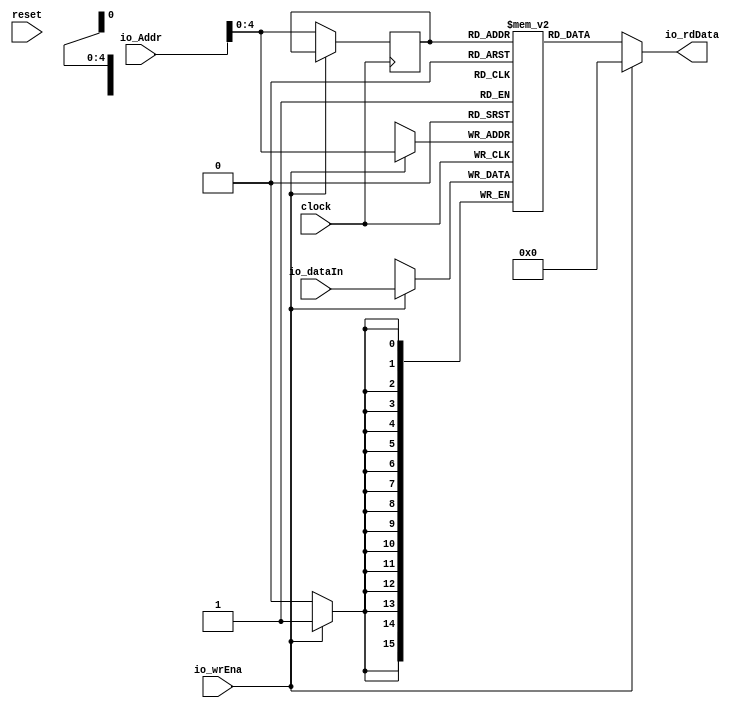
module NNDescriptionTableAccess(
  input         clock,
  input         reset,
  input         io_wrEna,
  input  [9:0]  io_Addr,
  input  [15:0] io_dataIn,
  output [15:0] io_rdData
);
`ifdef RANDOMIZE_MEM_INIT
  reg [31:0] _RAND_0;
`endif // RANDOMIZE_MEM_INIT
`ifdef RANDOMIZE_REG_INIT
  reg [31:0] _RAND_1;
  reg [31:0] _RAND_2;
`endif // RANDOMIZE_REG_INIT
  reg [15:0] mem [0:31]; // @[nn_description_table_access.scala 20:24]
  wire  mem_rdwrPort_r_en; // @[nn_description_table_access.scala 20:24]
  wire [4:0] mem_rdwrPort_r_addr; // @[nn_description_table_access.scala 20:24]
  wire [15:0] mem_rdwrPort_r_data; // @[nn_description_table_access.scala 20:24]
  wire [15:0] mem_rdwrPort_w_data; // @[nn_description_table_access.scala 20:24]
  wire [4:0] mem_rdwrPort_w_addr; // @[nn_description_table_access.scala 20:24]
  wire  mem_rdwrPort_w_mask; // @[nn_description_table_access.scala 20:24]
  wire  mem_rdwrPort_w_en; // @[nn_description_table_access.scala 20:24]
  reg  mem_rdwrPort_r_en_pipe_0;
  reg [4:0] mem_rdwrPort_r_addr_pipe_0;
  assign mem_rdwrPort_r_en = mem_rdwrPort_r_en_pipe_0;
  assign mem_rdwrPort_r_addr = mem_rdwrPort_r_addr_pipe_0;
  assign mem_rdwrPort_r_data = mem[mem_rdwrPort_r_addr]; // @[nn_description_table_access.scala 20:24]
  assign mem_rdwrPort_w_data = io_dataIn;
  assign mem_rdwrPort_w_addr = io_Addr[4:0];
  assign mem_rdwrPort_w_mask = io_wrEna;
  assign mem_rdwrPort_w_en = 1'h1 & io_wrEna;
  assign io_rdData = io_wrEna ? 16'h0 : mem_rdwrPort_r_data; // @[nn_description_table_access.scala 24:13 28:19 29:31]
  always @(posedge clock) begin
    if (mem_rdwrPort_w_en & mem_rdwrPort_w_mask) begin
      mem[mem_rdwrPort_w_addr] <= mem_rdwrPort_w_data; // @[nn_description_table_access.scala 20:24]
    end
    mem_rdwrPort_r_en_pipe_0 <= 1'h1 & ~io_wrEna;
    if (1'h1 & ~io_wrEna) begin
      mem_rdwrPort_r_addr_pipe_0 <= io_Addr[4:0];
    end
  end
// Register and memory initialization
`ifdef RANDOMIZE_GARBAGE_ASSIGN
`define RANDOMIZE
`endif
`ifdef RANDOMIZE_INVALID_ASSIGN
`define RANDOMIZE
`endif
`ifdef RANDOMIZE_REG_INIT
`define RANDOMIZE
`endif
`ifdef RANDOMIZE_MEM_INIT
`define RANDOMIZE
`endif
`ifndef RANDOM
`define RANDOM $random
`endif
`ifdef RANDOMIZE_MEM_INIT
  integer initvar;
`endif
`ifndef SYNTHESIS
`ifdef FIRRTL_BEFORE_INITIAL
`FIRRTL_BEFORE_INITIAL
`endif
initial begin
  `ifdef RANDOMIZE
    `ifdef INIT_RANDOM
      `INIT_RANDOM
    `endif
    `ifndef VERILATOR
      `ifdef RANDOMIZE_DELAY
        #`RANDOMIZE_DELAY begin end
      `else
        #0.002 begin end
      `endif
    `endif
`ifdef RANDOMIZE_MEM_INIT
  _RAND_0 = {1{`RANDOM}};
  for (initvar = 0; initvar < 32; initvar = initvar+1)
    mem[initvar] = _RAND_0[15:0];
`endif // RANDOMIZE_MEM_INIT
`ifdef RANDOMIZE_REG_INIT
  _RAND_1 = {1{`RANDOM}};
  mem_rdwrPort_r_en_pipe_0 = _RAND_1[0:0];
  _RAND_2 = {1{`RANDOM}};
  mem_rdwrPort_r_addr_pipe_0 = _RAND_2[4:0];
`endif // RANDOMIZE_REG_INIT
  `endif // RANDOMIZE
end // initial
`ifdef FIRRTL_AFTER_INITIAL
`FIRRTL_AFTER_INITIAL
`endif
`endif // SYNTHESIS
endmodule